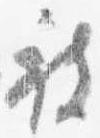
被